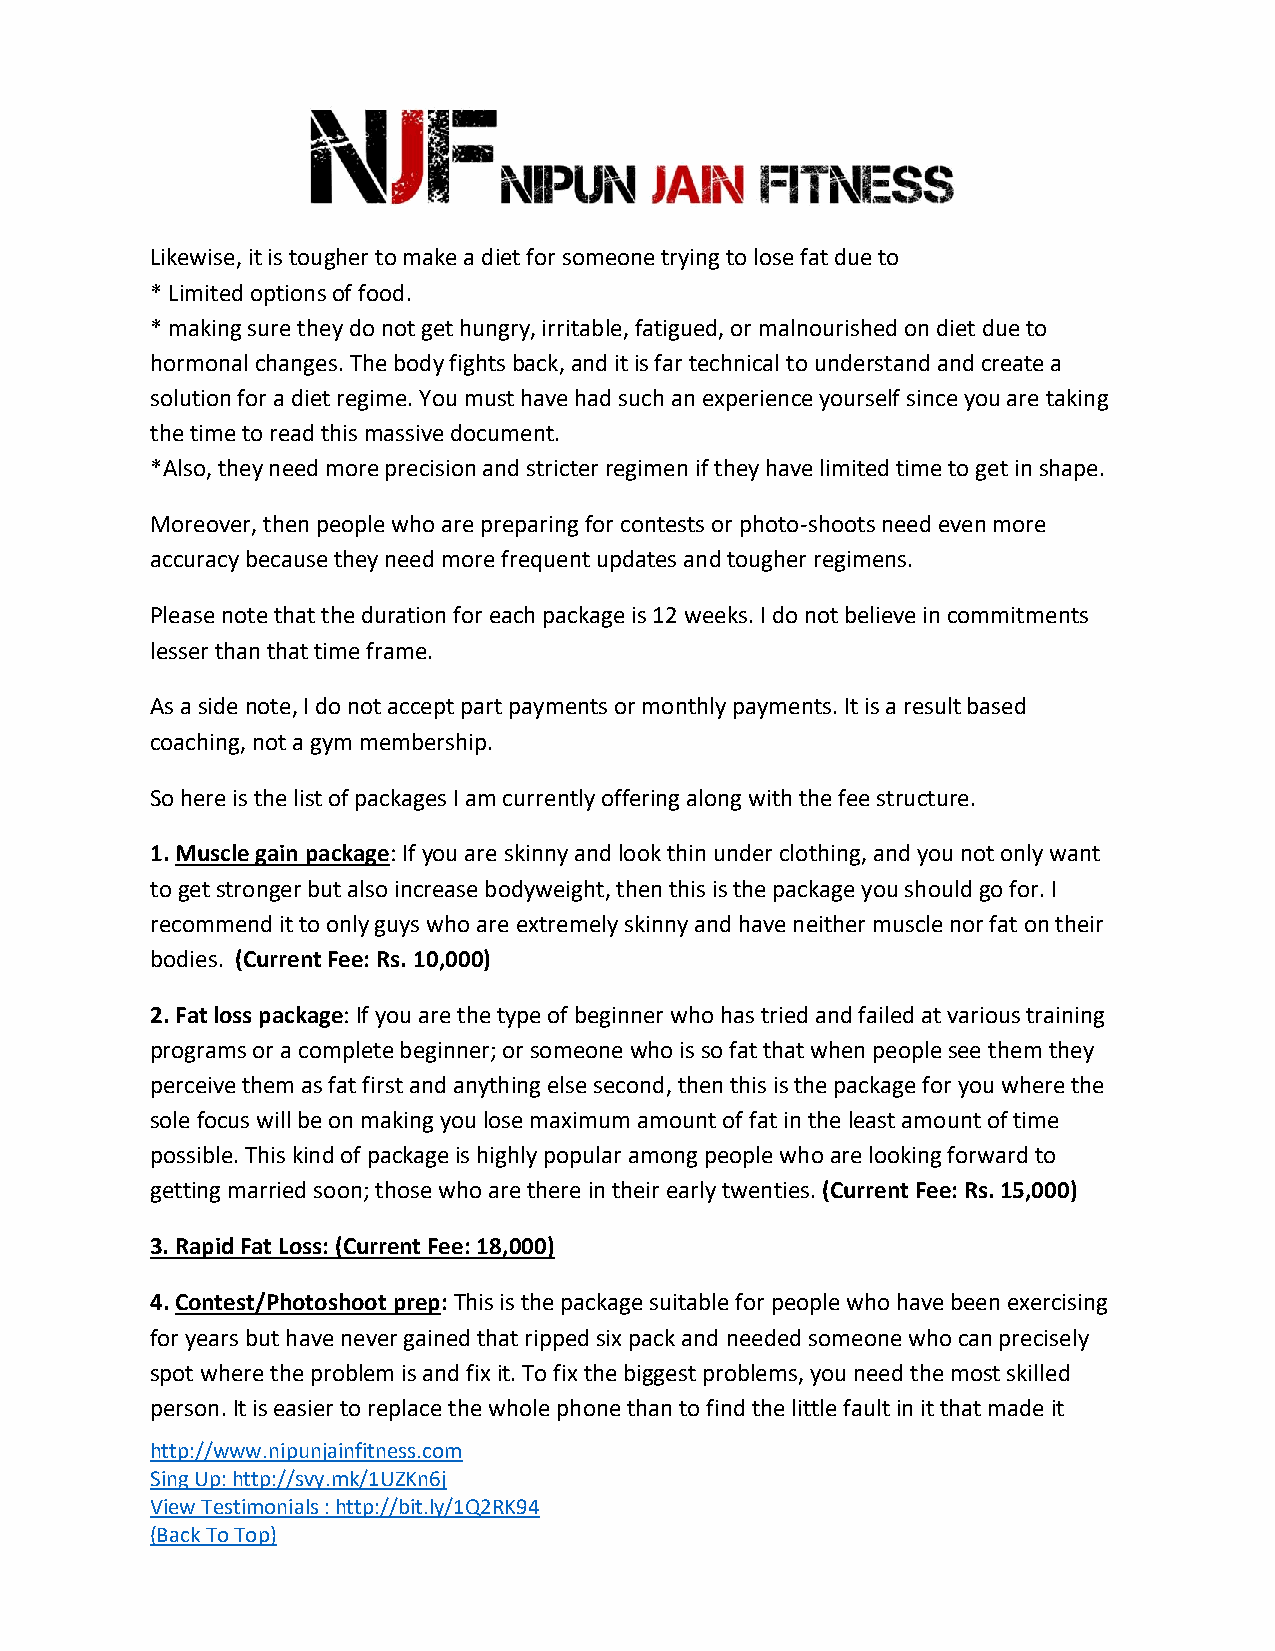
Likewise, it is tougher to make a diet for someone trying to lose fat due to
 * Limited options of food.
 * making sure they do not get hungry, irritable, fatigued, or malnourished on diet due to
 hormonal changes. The body fights back, and it is far technical to understand and create a
 solution for a diet regime. You must have had such an experience yourself since you are taking
 the time to read this massive document.
 *Also, they need more precision and stricter regimen if they have limited time to get in shape.
 Moreover, then people who are preparing for contests or photo-shoots need even more
 accuracy because they need more frequent updates and tougher regimens.
 Please note that the duration for each package is 12 weeks. I do not believe in commitments
 lesser than that time frame.
 As a side note, I do not accept part payments or monthly payments. It is a result based
 coaching, not a gym membership.
 So here is the list of packages I am currently offering along with the fee structure.
 1. Muscle gain package: If you are skinny and look thin under clothing, and you not only want
 to get stronger but also increase bodyweight, then this is the package you should go for. I
 recommend it to only guys who are extremely skinny and have neither muscle nor fat on their
 bodies. (Current Fee: Rs. 10,000)
 2. Fat loss package: If you are the type of beginner who has tried and failed at various training
 programs or a complete beginner; or someone who is so fat that when people see them they
 perceive them as fat first and anything else second, then this is the package for you where the
 sole focus will be on making you lose maximum amount of fat in the least amount of time
 possible. This kind of package is highly popular among people who are looking forward to
 getting married soon; those who are there in their early twenties. (Current Fee: Rs. 15,000)
 3. Rapid Fat Loss: (Current Fee: 18,000)
 4. Contest/Photoshoot prep: This is the package suitable for people who have been exercising
 for years but have never gained that ripped six pack and needed someone who can precisely
 spot where the problem is and fix it. To fix the biggest problems, you need the most skilled
 person. It is easier to replace the whole phone than to find the little fault in it that made it
 http://www.nipunjainfitness.com
 Sing Up: http://svy.mk/1UZKn6j
 View Testimonials : http://bit.ly/1Q2RK94
 (Back To Top)